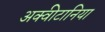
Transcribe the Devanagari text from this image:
अक्वीटानिया